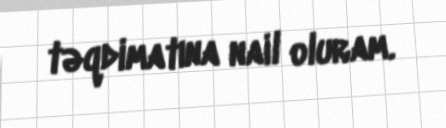
təqdimatına nail oluram.